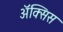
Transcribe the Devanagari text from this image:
ॲक्सिस